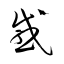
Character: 感